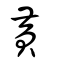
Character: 黃